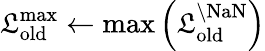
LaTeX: \mathfrak{L}_{\mathrm{{old}}}^{\mathrm{{max}}}\leftarrow\mathrm{{max}}\left(\mathbf{{\mathfrak{L}}}_{\mathrm{{old}}}^{\backslash\mathrm{{NaN}}}\right)